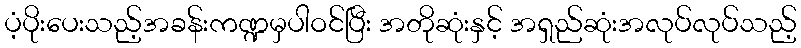
ပံ့ပိုးပေးသည့်အခန်းကဏ္ဍမှပါဝင်ပြီး အတိုဆုံးနှင့် အရှည်ဆုံးအလုပ်လုပ်သည့်